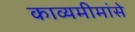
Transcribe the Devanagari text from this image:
काव्यमीमांसे